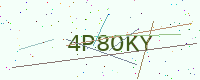
Text: 4P8OKY